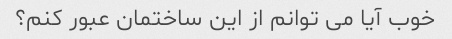
خوب آیا می توانم از این ساختمان عبور کنم؟